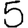
Digit: 5